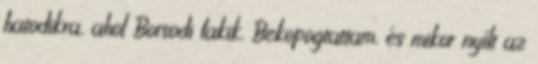
hatodikra, ahol Borsodi lakik. Bekopogtattam, és mikor nyílt az